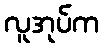
လူအုပ်က